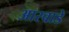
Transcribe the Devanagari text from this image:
आरवाडे